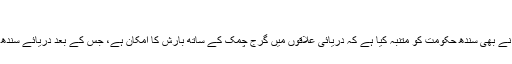
‘
پنجاب کے محکمہ صوبائی ڈیزاسٹر مینجمنٹ اتھارٹی نے بھی سندھ حکومت کو متنبہ کیا ہے کہ دریائی علاقوں میں گرج چمک کے ساتھ بارش کا امکان ہے، جس کے بعد دریائے سندھ میں پانی کی سطح 8 لاکھ کیوسک تک پہنچ جائےگی۔